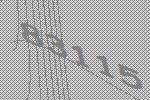
83115